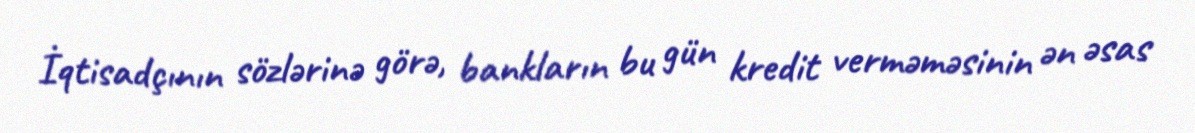
İqtisadçının sözlərinə görə, bankların bu gün kredit verməməsinin ən əsas